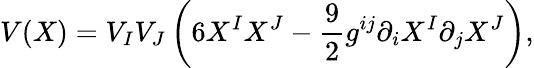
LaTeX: V(X)=V_{I}V_{J}\left(6X^{I}X^{J}-{\frac{9}{2}}{g}^{ij}\partial_{i}X^{I}\partial_{j}X^{J}\right),